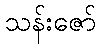
သန်းဇော်